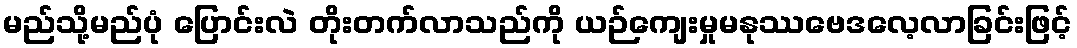
မည်သို့မည်ပုံ ပြောင်းလဲ တိုးတက်လာသည်ကို ယဉ်ကျေးမှုမနုဿဗေဒလေ့လာခြင်းဖြင့်